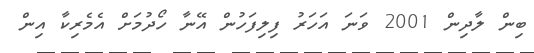
ބިން ލާދިން 2001 ވަނަ އަހަރު ފިލިފަހުން އޭނާ ހޯދުމަށް އެމެރިކާ އިން